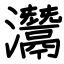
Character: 灊